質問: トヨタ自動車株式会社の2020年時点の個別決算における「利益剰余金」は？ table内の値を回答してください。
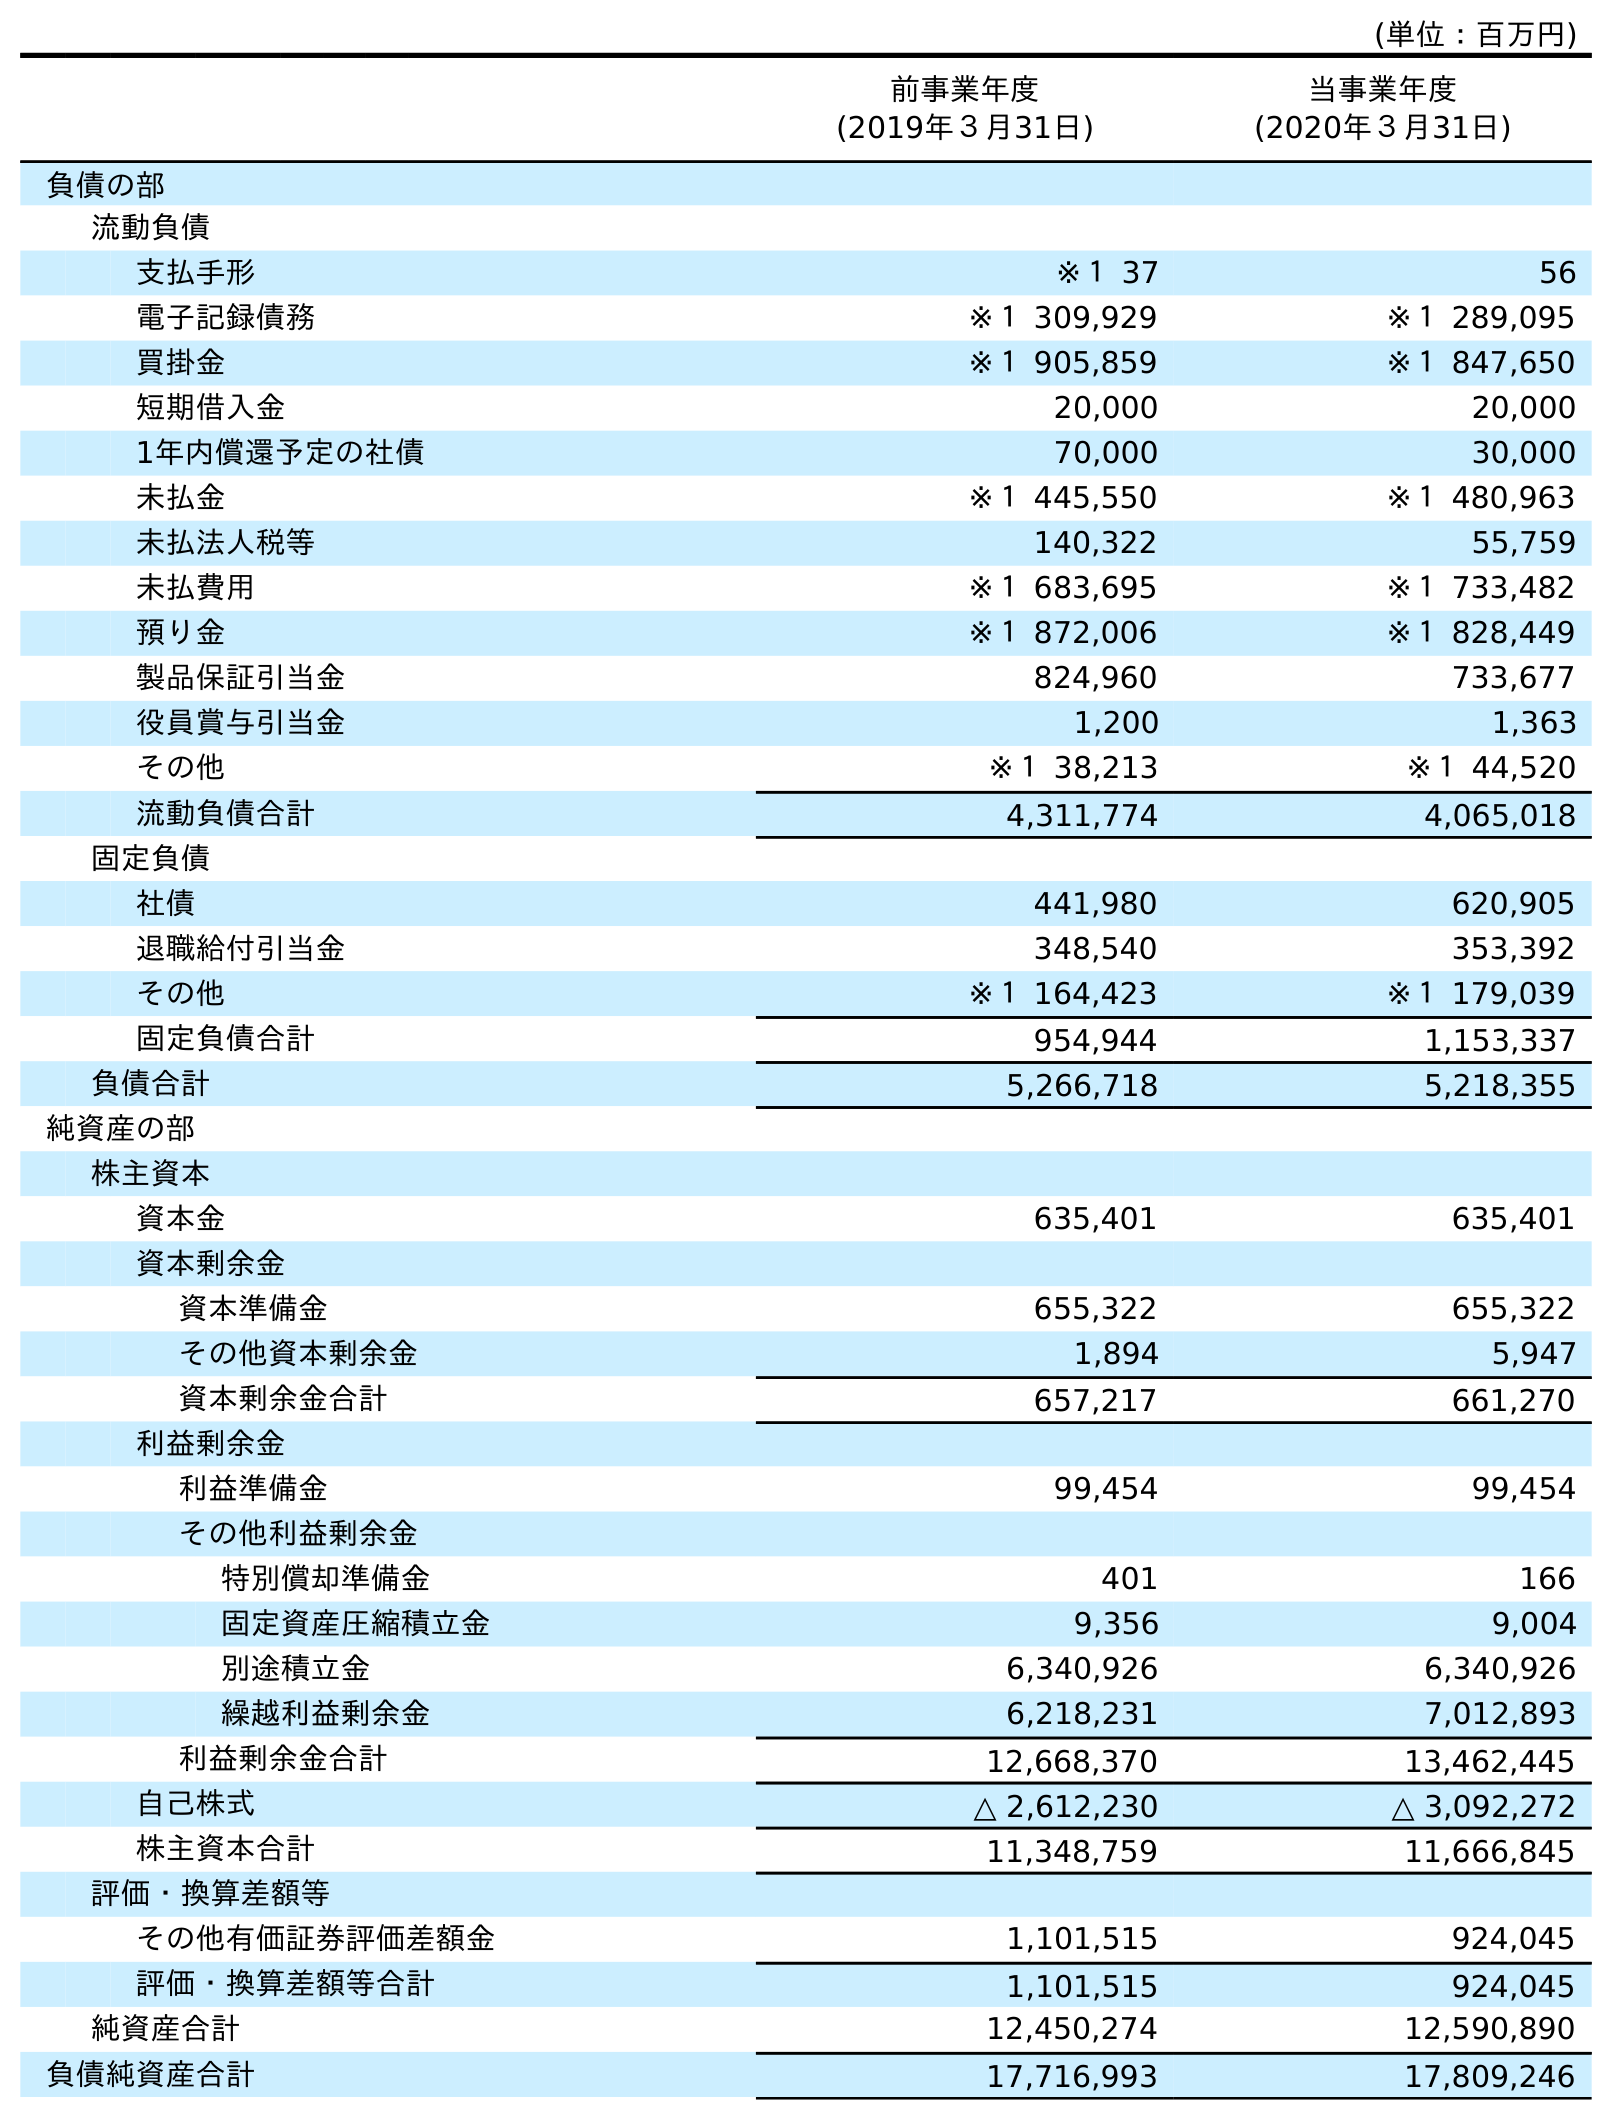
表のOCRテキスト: (単位：百万円) 前事業年度 (2019年３月31日) 当事業年度 (2020年３月31日) 負債の部 流動負債 支払手形 ※１ 37 56 電子記録債務 ※１ 309,929 ※１ 289,095 買掛金 ※１ 905,859 ※１ 847,650 短期借入金 20,000 20,000 1年内償還予定の社債 70,000 30,000 未払金 ※１ 445,550 ※１ 480,963 未払法人税等 140,322 55,759 未払費用 ※１ 683,695 ※１ 733,482 預り金 ※１ 872,006 ※１ 828,449 製品保証引当金 824,960 733,677 役員賞与引当金 1,200 1,363 その他 ※１ 38,213 ※１ 44,520 流動負債合計 4,311,774 4,065,018 固定負債 社債 441,980 620,905 退職給付引当金 348,540 353,392 その他 ※１ 164,423 ※１ 179,039 固定負債合計 954,944 1,153,337 負債合計 5,266,718 5,218,355 純資産の部 株主資本 資本金 635,401 635,401 資本剰余金 資本準備金 655,322 655,322 その他資本剰余金 1,894 5,947 資本剰余金合計 657,217 661,270 利益剰余金 利益準備金 99,454 99,454 その他利益剰余金 特別償却準備金 401 166 固定資産圧縮積立金 9,356 9,004 別途積立金 6,340,926 6,340,926 繰越利益剰余金 6,218,231 7,012,893 利益剰余金合計 12,668,370 13,462,445 自己株式 △ 2,612,230 △ 3,092,272 株主資本合計 11,348,759 11,666,845 評価・換算差額等 その他有価証券評価差額金 1,101,515 924,045 評価・換算差額等合計 1,101,515 924,045 純資産合計 12,450,274 12,590,890 負債純資産合計 17,716,993 17,809,246
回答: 13,462,445